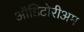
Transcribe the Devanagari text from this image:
ऑडिटोरीअम